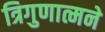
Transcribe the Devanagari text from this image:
त्रिगुणात्मने